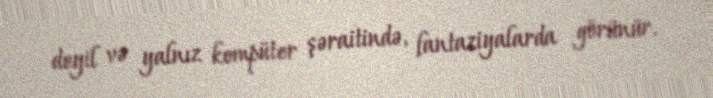
deyil və yalnız kompüter şəraitində, fantaziyalarda görünür.